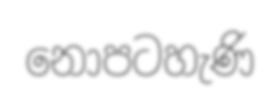
නොපටහැණි